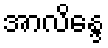
အာလိန္ဒေ